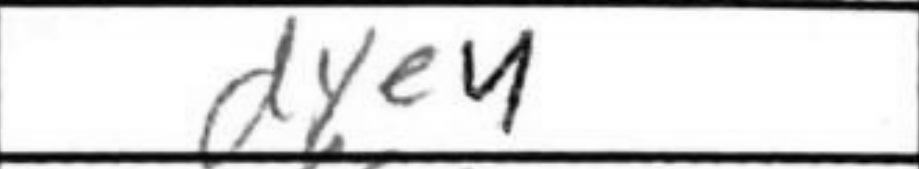
Transcription: dxe4